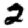
Digit: 2